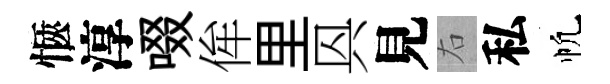
愜淳啜侔里㒷見右私帆